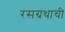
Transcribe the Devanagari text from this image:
रसग्रंथाची